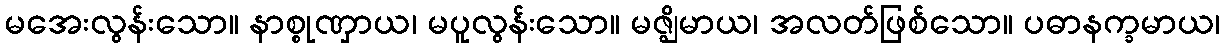
မအေးလွန်းသော။ နာစ္စုဏှာယ၊ မပူလွန်းသော။ မဇ္ဈိမာယ၊ အလတ်ဖြစ်သော။ ပဓာနက္ခမာယ၊